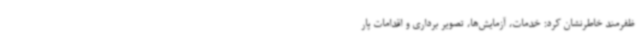
ظفرمند خاطرنشان کرد: خدمات، آزمایش‌ها، تصویر برداری و اقدامات پار